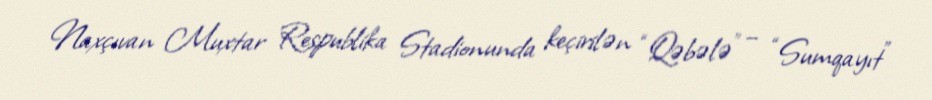
Naxçıvan Muxtar Respublika Stadionunda keçirilən “Qəbələ” – “Sumqayıt”